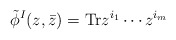
\begin{align*}\tilde{\phi}^I(z,\bar{z}) = {\rm Tr} z^{i_1} \cdots z^{i_m}\end{align*}